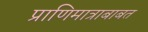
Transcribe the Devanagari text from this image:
प्राणिमात्राबाबत